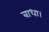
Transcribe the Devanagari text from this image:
बाधा।